Annual returns of the Patna Lunatic Asylum at Bankipore in Bihar and Orissa - 1912-1924
Year: 1912
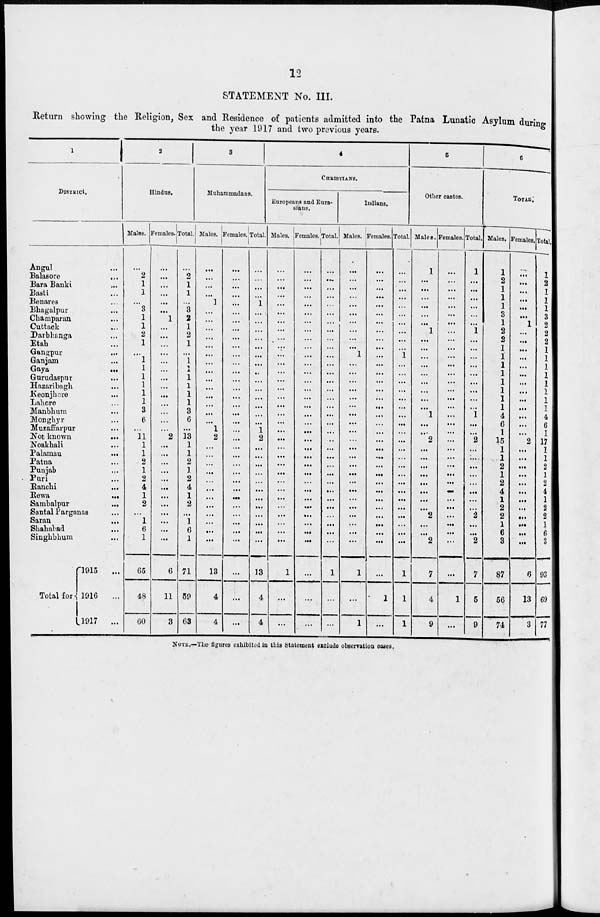
12
STATEMENT No. III.
Return showing the Religion, Sex and Residence of patients admitted into the Patna Lunatic Asylum during
the year 1917 and two previous years.
1
DISTRICT.
Angul ...
Balasore
...
Bara Banki ...
Basti ...
Benares ...
Bhagalpur ...
Champaran ...
Cuttack ...
Darbhanga ...
Etah ...
Gangpur
...
Ganjam ...
Gaya
...
Gurudaspur ...
Hazaribagh ...
Keonjhore ...
Lahore ...
Manbhum ...
Monghyr ...
Muzaffarpur ...
Not known
...
Noakhali ...
Palamau
...
Patna ...
Punjab ...
Puri ...
Ranchi ...
Rewa
...
Sambalpur
...
Santal Parganas ...
Saran
...
Shahabad ...
Singbbhum ...
Total for
1915
...
1916
...
1917
...
2
Hindus.
Males.
...
2
1
1
...
3
1
1
2
1
...
1
1
1
1
1
1
3
6
...
11
1
1
2
1
2
4
1
2
...
1
6
1
65
48
60
Females.
...
...
...
...
...
...
1
...
...
...
...
...
...
...
...
...
...
...
...
...
2
...
...
...
...
...
...
...
...
...
...
...
...
6
11
3
Total.
...
2
1
1
...
3
2
1
2
1
...
1
1
1
1
1
1
3
6
...
13
1
1
2
1
2
4
1
2
...
1
6
1
71
59
63
3
Muhammadans.
Males.
...
...
...
...
1
...
...
...
...
...
...
...
...
...
...
...
...
...
...
1
2
...
...
...
...
...
...
...
...
...
...
...
...
13
4
4
Females.
...
...
...
...
...
...
...
...
...
...
...
...
...
...
...
...
...
...
...
...
...
...
...
...
...
...
...
...
...
...
...
...
...
...
...
...
Total.
...
...
...
...
1
...
...
...
...
...
...
...
...
...
...
...
...
...
...
1
2
...
...
...
...
...
...
...
...
...
...
...
...
13
4
4
4
CHRISTIANS.
Europeans and Eura-
sians.
Males.
...
...
...
...
...
...
...
...
...
...
...
...
...
...
...
...
...
...
...
...
...
...
...
...
...
...
...
...
...
...
...
...
...
1
...
...
Females.
...
...
...
...
...
...
...
...
...
...
...
...
...
...
...
...
...
...
...
...
...
...
...
...
...
...
...
...
...
...
...
...
...
...
...
...
Total.
...
...
...
...
...
...
...
...
...
...
...
...
...
...
...
...
...
...
...
...
...
...
...
...
...
...
...
...
...
...
...
...
...
1
...
...
Indians.
Males.
...
...
...
...
...
...
...
...
...
...
1
...
...
...
...
...
...
...
...
...
...
...
...
...
...
...
...
...
...
...
...
...
...
1
...
1
Females.
...
...
...
...
...
...
...
...
...
...
...
...
...
...
...
...
...
...
...
...
...
...
...
...
...
...
...
...
...
...
...
...
...
...
1
...
Total.
...
...
...
...
...
...
...
...
...
...
1
...
...
...
...
...
...
...
...
...
...
...
...
...
...
...
...
...
...
...
...
...
...
1
1
1
5
Other castes.
Males.
1
...
...
...
...
...
...
1
...
...
...
...
...
...
...
...
...
1
...
...
2
...
...
...
...
...
...
...
...
2
...
...
2
7
4
9
Females.
...
...
...
...
...
...
...
...
...
...
...
...
...
...
...
...
...
...
...
...
...
...
...
...
...
...
...
...
...
...
...
...
...
...
1
...
Total.
1
...
...
...
...
...
...
1
...
...
...
...
...
...
...
...
...
1
...
...
2
...
...
...
...
...
...
...
...
2
...
...
2
7
5
9
6
TOTAL.
Males.
1
2
1
1
1
3
1
2
2
1
1
1
1
1
1
1
1
4
6
1
15
1
1
2
1
2
4
1
2
2
1
6
3
87
56
74
Females.
...
...
...
...
...
...
1
...
...
...
...
...
...
...
...
...
...
...
...
...
2
...
...
...
...
...
...
...
...
...
...
...
...
6
13
3
Total.
1
2
1
1
1
3
2
2
2
1
1
1
1
1
1
1
1
4
6
1
17
1
1
2
1
2
4
1
2
2
1
6
3
93
69
77
NOTE.—The figures exhibited in this Statement exclude observation oases.